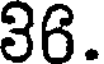
36.